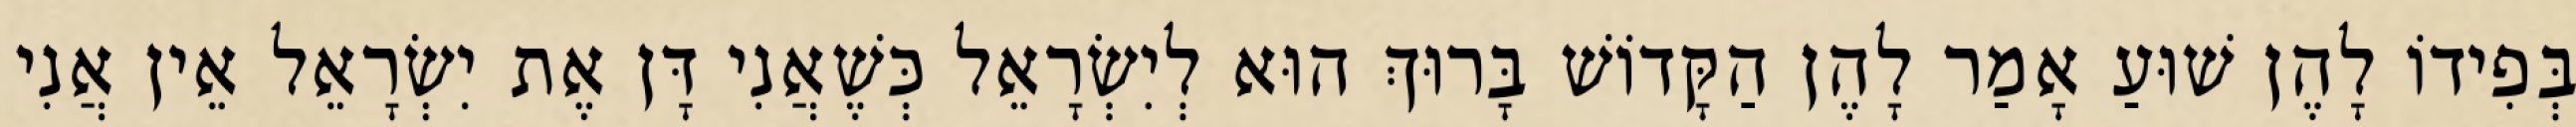
בְּפִידוֹ לָהֶן שׁוּעַ אָמַר לָהֶן הַקָּדוֹשׁ בָּרוּךְ הוּא לְיִשְׂרָאֵל כְּשֶׁאֲנִי דָּן אֶת יִשְׂרָאֵל אֵין אֲנִי